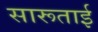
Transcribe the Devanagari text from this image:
सारूताई